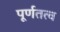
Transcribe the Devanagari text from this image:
पूर्णतत्व